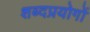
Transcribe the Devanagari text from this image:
शब्दप्रयोगों